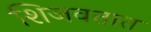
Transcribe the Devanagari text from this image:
शिजवतात